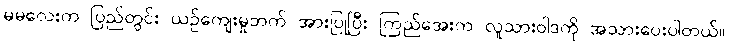
မမလေးက ပြည်တွင်း ယဉ်ကျေးမှုဘက် အားပြုပြီး ကြည်အေးက လူသားဝါဒကို အသားပေးပါတယ်။